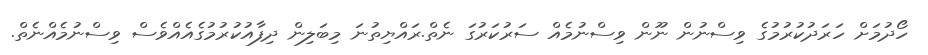
ހޯދުމަށް ހަރަދުކުރުމުގެ ވިސްނުން ނޫން ވިސްނުމެއް ސަރުކަރުގަ ނެތް.ރައްޔިތުނަ މިބަލިން ދިފާއުކުރުމުގެއެއްވެސް ވިސްނުމެއްނެތް.